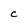
Character: C